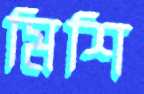
মিশি